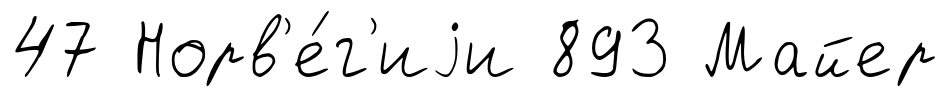
47 Норв'е́г'иjи 893 Майер